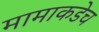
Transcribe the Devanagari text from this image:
मामाकडेच